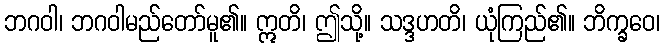
ဘဂဝါ၊ ဘဂဝါမည်တော်မူ၏။ ဣတိ၊ ဤသို့။ သဒ္ဒဟတိ၊ ယုံကြည်၏။ ဘိက္ခဝေ၊